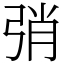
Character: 弰